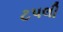
ટપલી